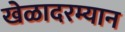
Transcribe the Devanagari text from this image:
खेळादरम्यान